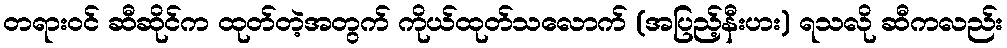
တရားဝင် ဆီဆိုင်က ထုတ်တဲ့အတွက် ကိုယ်ထုတ်သလောက် (အပြည့်နီးပား) ရသလို ဆီကလည်း